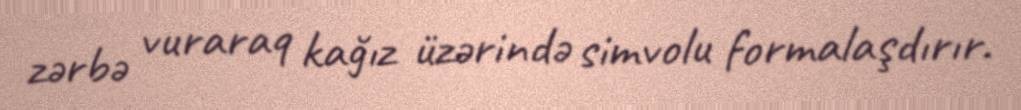
zərbə vuraraq kağız üzərində simvolu formalaşdırır.